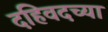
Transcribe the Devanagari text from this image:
दहिवदच्या